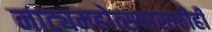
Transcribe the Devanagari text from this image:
नाट्यमहोत्सवासाठीही